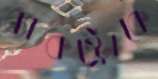
ব্যাকস্ট্রোকে